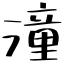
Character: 潼